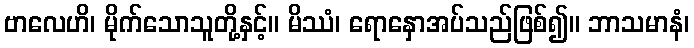
ဗာလေဟိ၊ မိုက်သောသူတို့နှင့်။ မိဿံ၊ ရောနှောအပ်သည်ဖြစ်၍။ ဘာသမာနံ၊